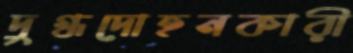
দুগ্ধদোহনকারী